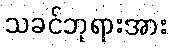
သခင်ဘုရားအား